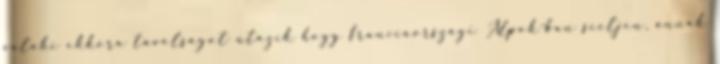
valaki ekkora távolságot utazik hogy franciaországi Alpok-ban síeljen, annak